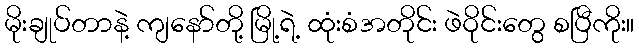
မိုးချုပ်တာနဲ့ ကျနော်တို့ မြို့ရဲ့ ထုံးစံအတိုင်း ဖဲဝိုင်းတွေ စပြီကိုး။